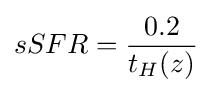
sSFR={0.2 \over t_{H}(z)}